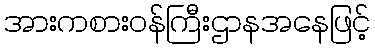
အားကစားဝန်ကြီးဌာနအနေဖြင့်